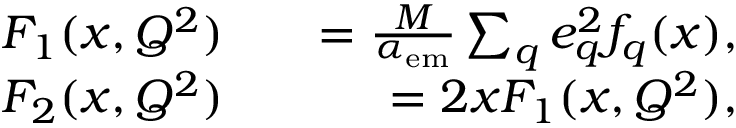
\begin{array} { r l r } { F _ { 1 } ( x , Q ^ { 2 } ) } & { { } } & { = \frac { M } { \alpha _ { \mathrm { e m } } } \sum _ { q } e _ { q } ^ { 2 } f _ { q } ( x ) , } \\ { F _ { 2 } ( x , Q ^ { 2 } ) } & { { } } & { = 2 x F _ { 1 } ( x , Q ^ { 2 } ) , } \end{array}